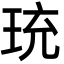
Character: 珫